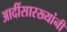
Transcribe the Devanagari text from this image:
आदींसारख्यांनी